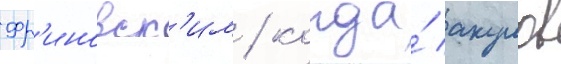
Фр'иновск'им / когда́ акулов